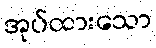
အုပ်ထားသော